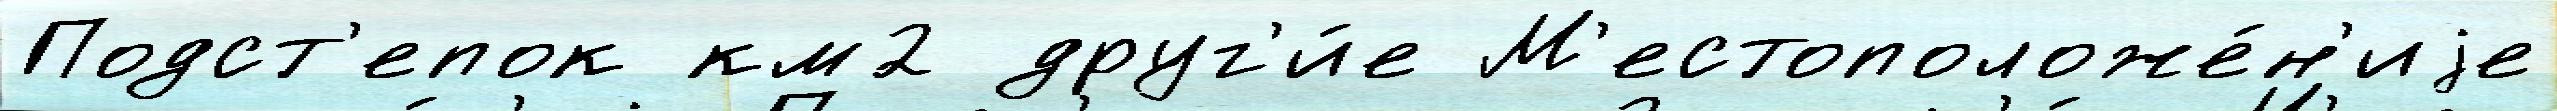
Подст'епок км2 друг'и́е М'естоположе́н'иjе